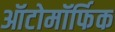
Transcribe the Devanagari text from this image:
ऑटोमॉर्फिक